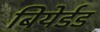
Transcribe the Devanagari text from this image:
बियेर्डड